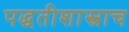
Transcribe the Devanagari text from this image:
पद्धतीशास्त्राच